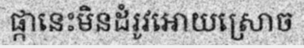
ផ្កានេះមិនដំរូវអោយស្រោច